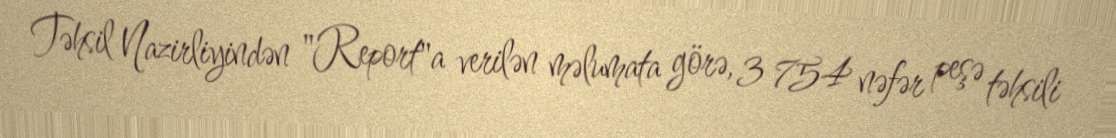
Təhsil Nazirliyindən "Report"a verilən məlumata görə, 3 754 nəfər peşə təhsili